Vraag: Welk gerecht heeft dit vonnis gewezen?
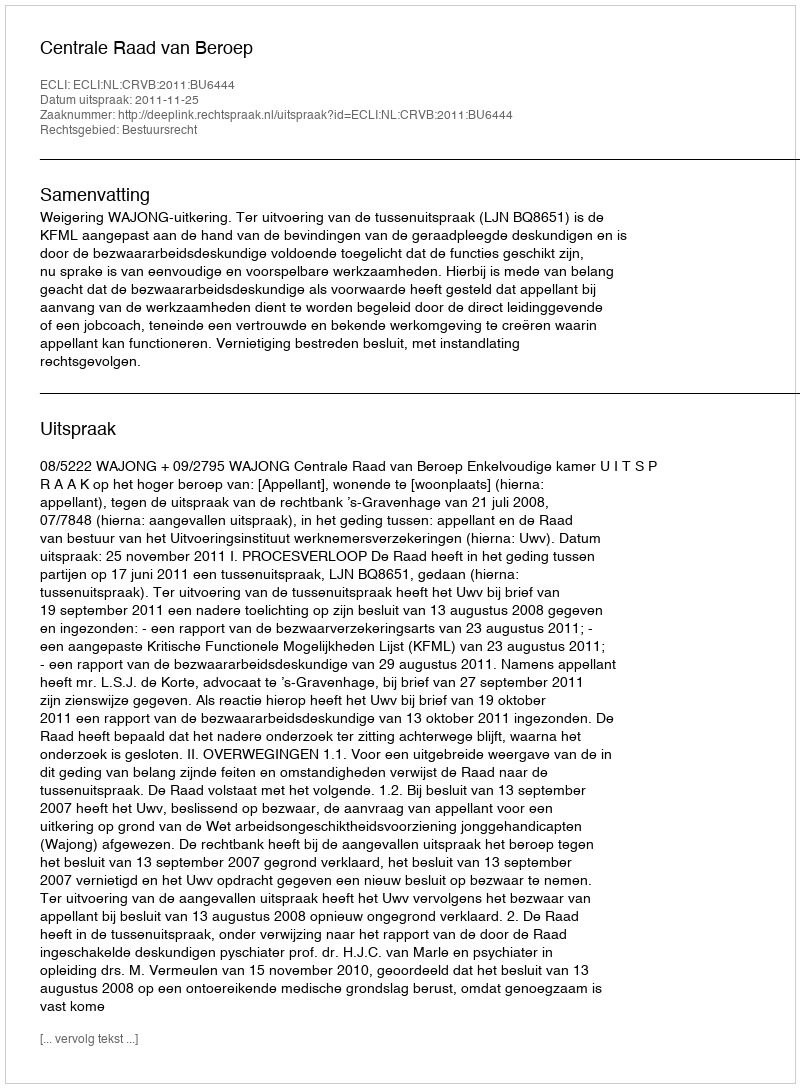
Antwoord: Centrale Raad van Beroep